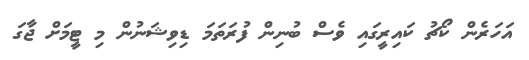
އަހަރެން ކޯޗު ކައިރީގައި ވެސް ބުނިން ފުރަތަމަ ޑިވިޝަނުން މި ޓީމަށް ޖާގަ